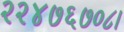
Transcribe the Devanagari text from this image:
२२४७६७०८।